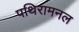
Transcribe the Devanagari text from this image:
पथिरामनल